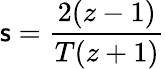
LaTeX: \mathsf{s}={\frac{{2(z-1)}}{{T(z+1)}}}